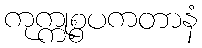
ကုက္ကုစ္စပကတာနံ